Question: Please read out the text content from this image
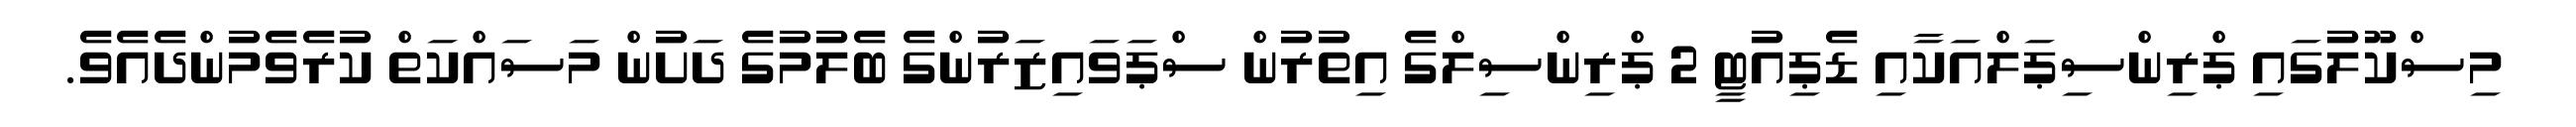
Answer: މިސްކޫލުގައި ޕްރިންސިޕަލްއަކާއި ޑެޕިއުޓީ 2 ޕްރިންސިލްގެ އިތުރުން ސްޕަވައިޒަރުންގެ ބެލުމުގެ ދަށުން މަސައްކަތް ކުރެވެމުންދެއެވެ.